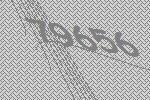
79656